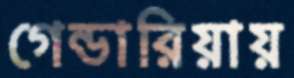
গেন্ডারিয়ায়